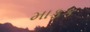
માફક